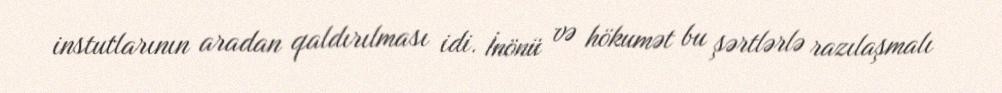
instutlarının aradan qaldırılması idi. İnönü və hökumət bu şərtlərlə razılaşmalı